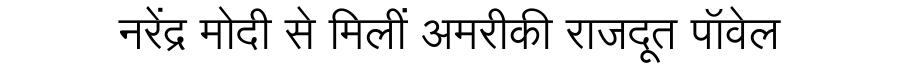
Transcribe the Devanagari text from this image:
नरेंद्र मोदी से मिलीं अमरीकी राजदूत पॉवेल